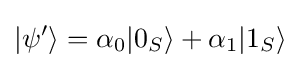
|\psi '\rangle =\alpha _{0}|0_{S}\rangle +\alpha _{1}|1_{S}\rangle